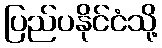
ပြည်ပနိုင်ငံသို့